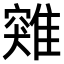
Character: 𩀆